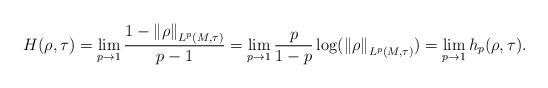
LaTeX: \begin{align*}H(\rho,\tau)=\lim_{p\rightarrow 1}\frac{1-\left \|\rho \right \|_{L^p(M,\tau)}}{p-1}=\lim_{p\rightarrow 1}\frac{p}{1-p}\log(\left \| \rho \right\|_{L^p(M,\tau)})=\lim_{p\rightarrow 1} h_p(\rho,\tau) .\end{align*}